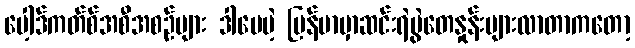
ပေါ့ဒ်ကတ်စ်အစီအစဉ်များ ဒါပေမဲ့ မြန်မာမှာဆင်းရဲမွဲတေနှုန်းများလာတာကတော့